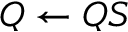
Q \leftarrow Q S